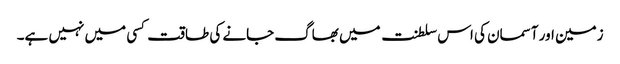
زمین اور آسمان کی اس سلطنت میں بھاگ جانے کی طاقت کسی میں نہیں ہے۔